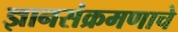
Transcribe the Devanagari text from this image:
ज्ञानसंक्रमणाचे